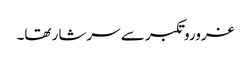
غروروتکبر سے سرشار تھا۔